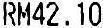
RM42.10